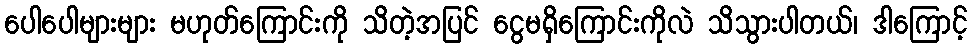
ပေါပေါများများ မဟုတ်ကြောင်းကို သိတဲ့အပြင် ငွေမရှိကြောင်းကိုလဲ သိသွားပါတယ်၊ ဒါကြောင့်